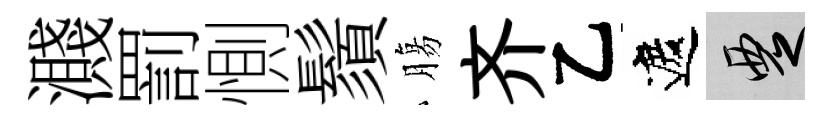
濺罰惻鬚膓齐乙遮覂